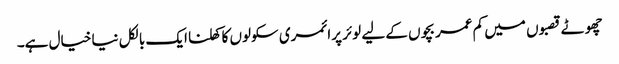
چھوٹے قصبوں میں کم عمر بچوں کے لیے لوئر پرائمری سکولوں کا کھلنا ایک بالکل نیا خیال ہے۔